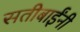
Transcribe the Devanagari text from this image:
सतीबाईंनी